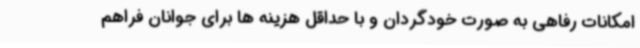
امکانات رفاهی به صورت خودگردان و با حداقل هزینه ها برای جوانان فراهم